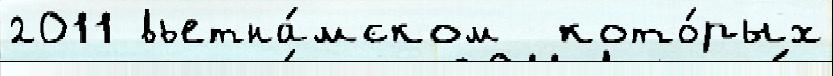
2011 вьетна́мском  кото́рых